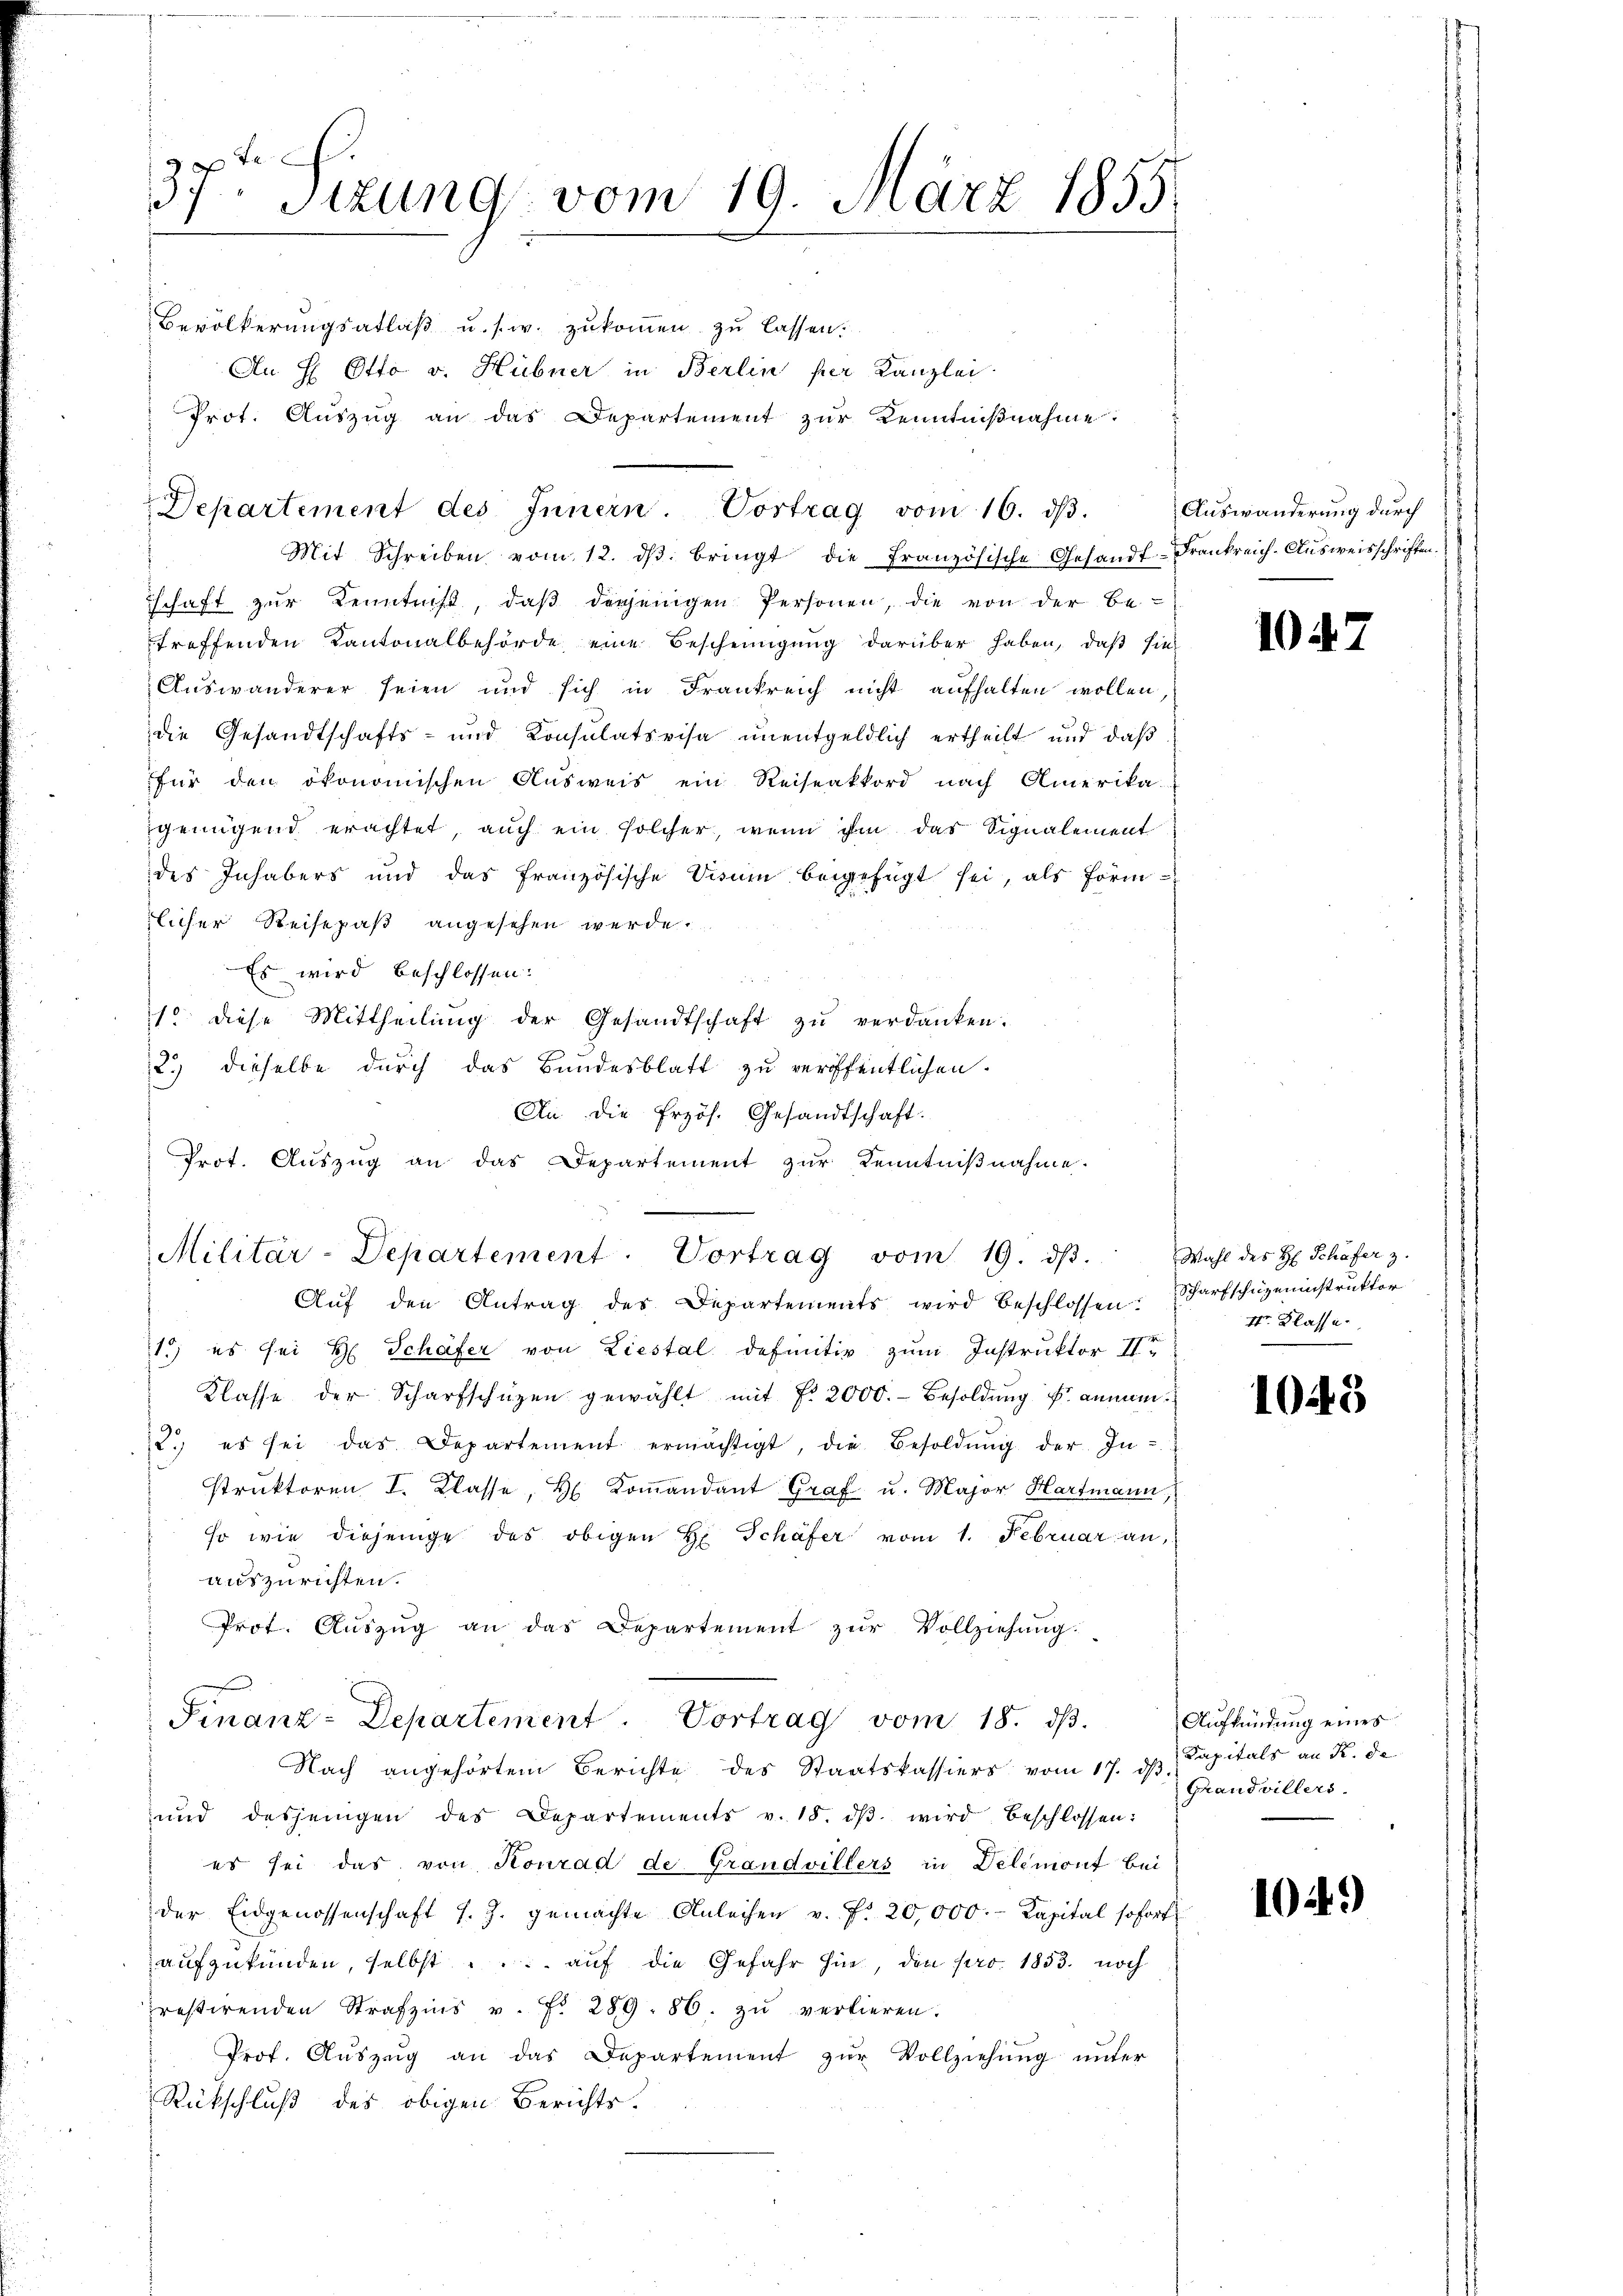
20
37 Sizung vom 19. März 1855.

Bevölkerungsablaβ u. s. w. zukommen zu lassen.
An H Otto. v. Hübner in Berlin per Kanzlei
Prot. Aŭszŭg an das Departement zŭr Kenntniβnahme.

Departement des Innern. Vortrag vom 16. dβ.

Mit Schreiben vom 12. dβ. bringt die französische Gesandt-Frankreich-Aŭsweisschriften.
schaft zŭr Kenntniß, daβ derjenigen Personen, die von der Be-
treffenden Kantonalbehörde eine Bescheinigung darüber haben, daß sie
Auswanderer seien und sich in Frankreich nicht aufhalten wollen,
die Gesandtschafts- und Konsulativisa unentgeldlich ertheilt und daß
für den ökonomischen Ausweis ein Reiseakkord nach Amerika-
genügend erachtet, auch ein solcher, wenn ihm das Signalement
des Inhabers und das französische Visum beigefügt sei, als förmlicher Reisepaß angesehen werde.
Es wird beschlossen:
1 diese Mittheilŭng der Gesandtschaft zŭ verdanken.
2.) dieselbe durch das Bundesblatt zu veröffentlichen.
An die Przös. Gesandtschaft.
Prot. Auszug an das Departement zur Kenntnißnahme.
Militär-Departement. Vortrag vom 19. dβ.
Auf den Antrag des Departements wird beschlossen:
1.) es sei H. Schäfer von Liestal definitiv zum Instruktor Ir
Klasse der Scharfschüzen gewählt mit f. 2000.- Besoldŭng u. anman¬
2.) es sei das Departement ermächtigt, die Besoldŭng der In-
struktoren I. Klasse, H. Koṁandant Graf u. Major Hartmann
so wie diejenige des obigen H. Schäfer vom 1. Februar an,
auszurichten.
Prot. Aŭszŭg an das Departement zŭr Vollziehung:

Finanz-Departement. Vortrag vom 18. ds.

Nach angehörtem Berichte des Staatskassiers vom 17. dβ
und dasjenigen des Departements v. 18. dβ wird beschlossen:
es sei das von Konrad de Grandvillers in Delemont bei
der Eidgenossenschaft s. Z. gemachte Anleihen v. f. 20,000.- Kapital sofort
aufzukünden, selbst ... auf die Gefahr hin, den pro 1853. noch
restirenden Strafzins v. Fr. 289. 86. zŭ verlieren.
Prof. Aŭszŭg an das Departement zŭr Vollziehŭng ŭnter
Rückschluß des obigen Berichts-

Auswanderung durch

102.

Wahl des H. Schäfer z.
Scharfschuzeninstruktor
Str. Klasse.

1043

Aufkündung eines
Kapitals an R. de
Grand villers.

10249)